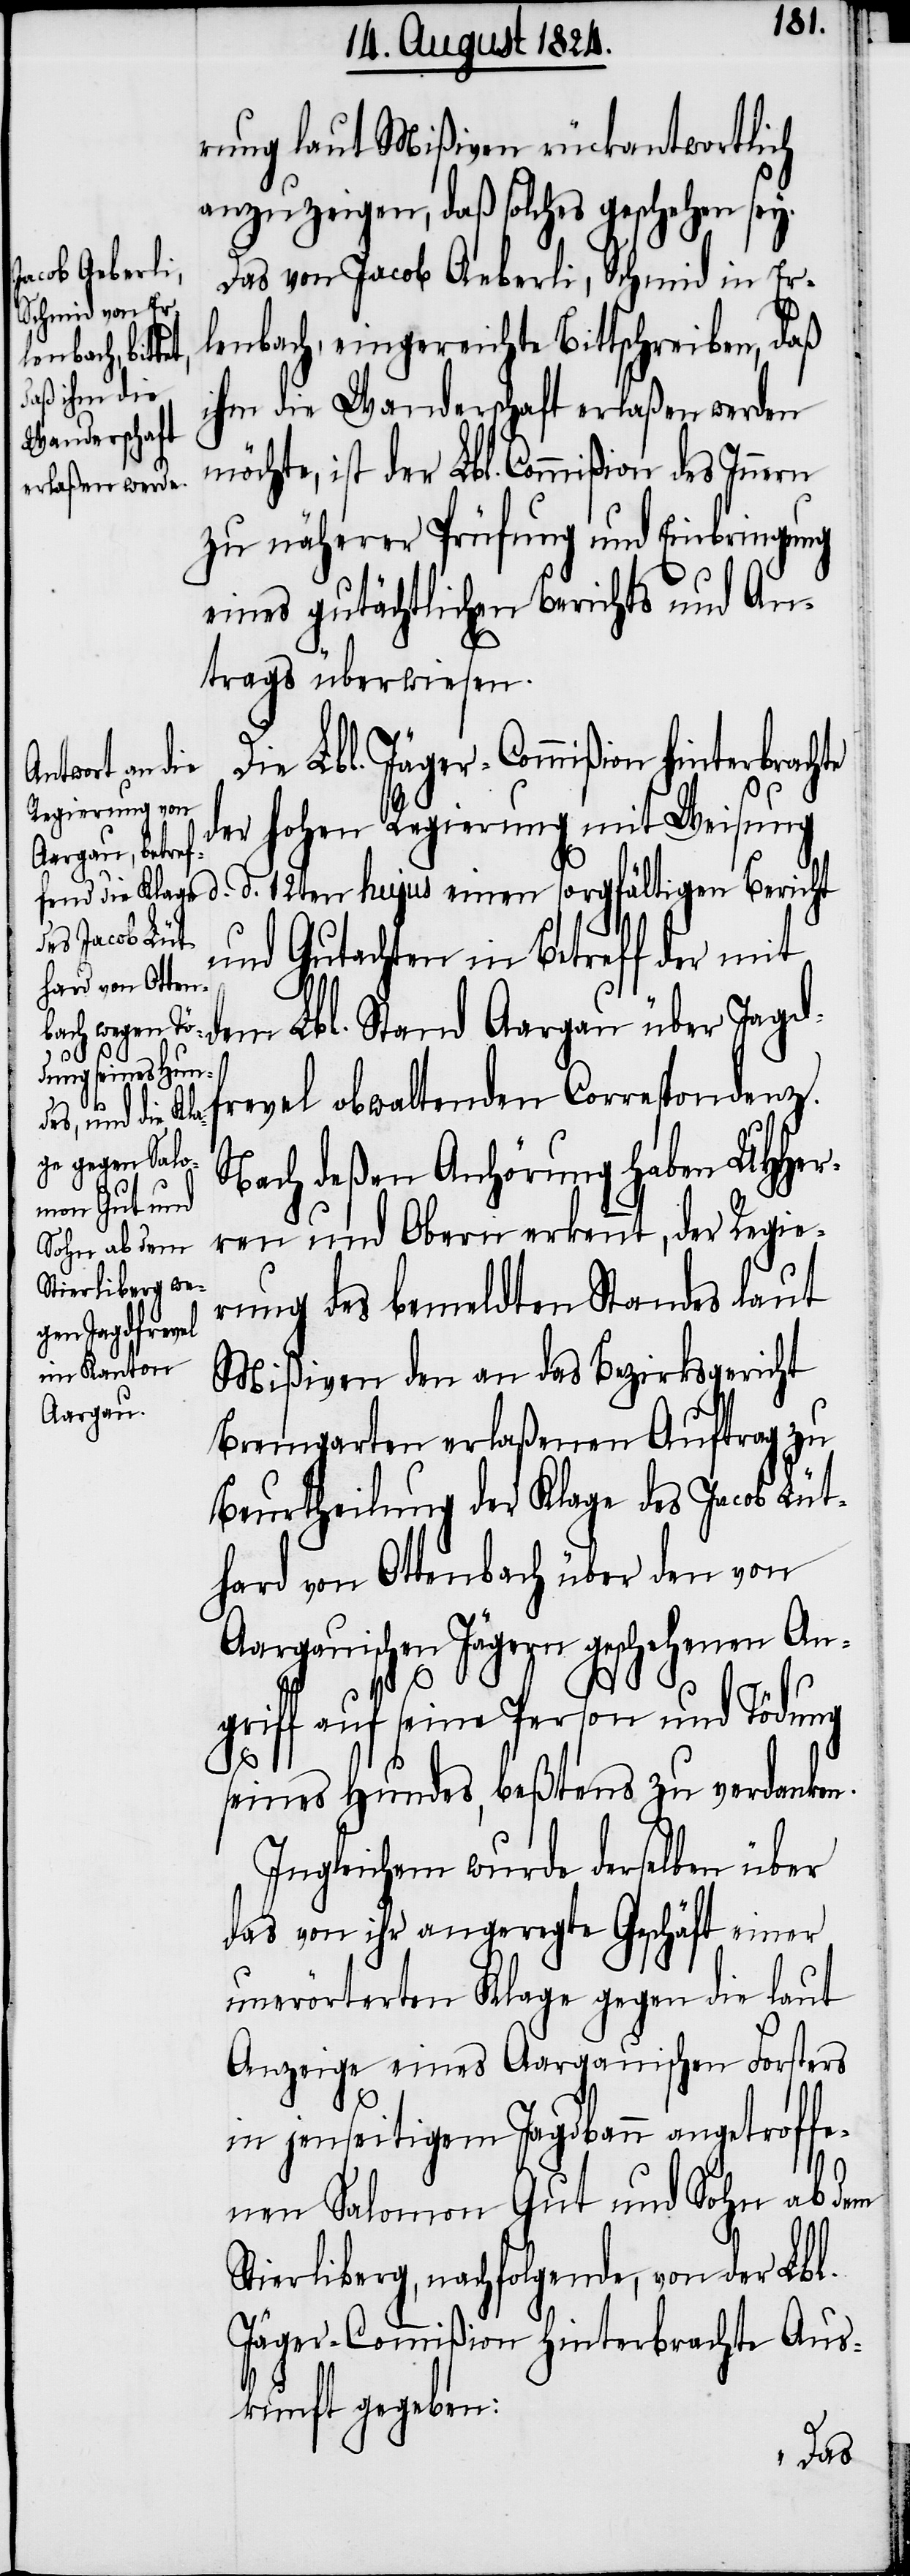
rung laut Mißiven rückantwortlich
anzuzeigen, daß solches geschehen sey.
Das von Jacob Oeberli, Schmid in Er¬
lenbach, eingereichte Bittschreiben, daß
Bericht
ihm die Wanderschaft erlaßen werden
möchte, ist der Lbl. Commißion des Innern
zu näherer Prüfung und Einbringung
eines gutächtlichen Berichts und An¬
trags überwiesen.
Die Lbl. Jäger-Commißion hinterbrachte
der hohen Regierung mit Weisung
und Gutachten in Betreff der mit
dem Lbl. Stand Aargau über Jagdf¬
revel obwaltenden Correspondenz.
Nach deßen Anhörung haben UHHer¬
ren und Obern erkennt, der Regie¬
rung des bemeldten Standes laut
Mißiven den an das Bezirksgericht
Bremgarten erlaßenen Auftrag zu
Beurtheilung der Klage des Jacob Lüt¬
hard von Ottenbach über den von
Aargauischen Jägern geschehenen An¬
d. d.
griff auf seine Person und Tödung
seines Hundes, beßtens zu verdanken.
Ingleichem wurde derselben über
das von ihr angeregte Geschäft einer
unerörterten Klage gegen die laut
Anzeige eines Aargauischen Forsters
in jenseitigem Jagdbann angetroffe¬
nen Salomon Gut und Sohn ab dem
Stierliberg, nachfolgende, von der Lbl.
Jäger-Commißion hinterbrachte Aus¬
kunft gegeben: